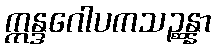
ဣန္ဒဂေါပကသဉ္ဆန္နာ